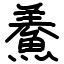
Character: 鯗